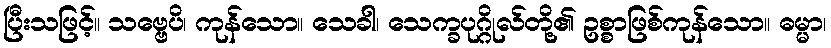
ပြီးသဖြင့်။ သဗ္ဗေပိ၊ ကုန်သော။ သေခါ၊ သေက္ခပုဂ္ဂိုလ်တို့၏ ဥစ္စာဖြစ်ကုန်သော။ ဓမ္မာ၊